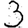
Digit: 3